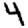
Digit: 4